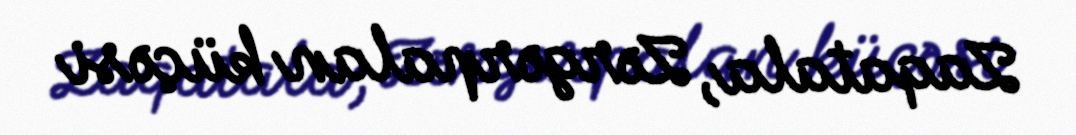
Zaqatala, Zərgərpalan küçəsi